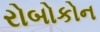
રોબોકોન